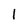
Character: l